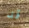
قد